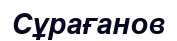
Сұрағанов